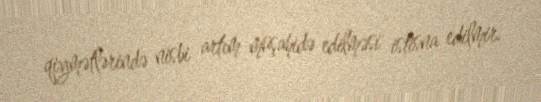
qiymətlərində nisbi artım müşahidə edilməsi istisna edilmir.